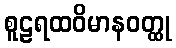
စူဠရထဝိမာနဝတ္ထု